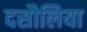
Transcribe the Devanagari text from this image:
दसौलिया